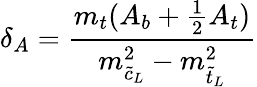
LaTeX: \delta_{A}=\frac{m_{t}(A_{b}+\frac 12A_{t})}{m_{\tilde{c}_{L}}^{2}-m_{\tilde{t}_{L}}^{2}}